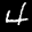
Label: 4